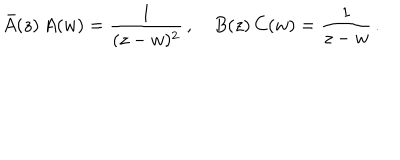
LaTeX: \bar { A } ( z ) \, A ( w ) = \frac { 1 } { ( z - w ) ^ { 2 } } \, , \quad B ( z ) \, C ( w ) = \frac { 1 } { z - w } \, .